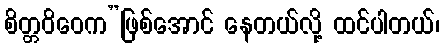
စိတ္တဝိဝေက”ဖြစ်အောင် နေတယ်လို့ ထင်ပါတယ်၊